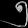
Digit: ၅